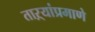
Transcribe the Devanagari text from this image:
ताऱ्यांप्रमाणे